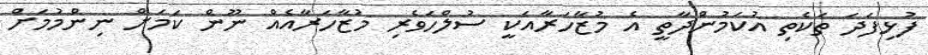
ފުޅިފަދަ ތަކެތި އުކަމުންދާތީ އެ މުޒާހަރާއަކީ ސުލްހަވެރި މުޒާހަރާއެއް ނޫން ކަމަށް ނިންމުމަށް